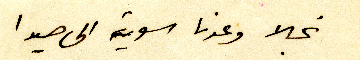
نجلا وعدنا سوية الى صيدا